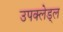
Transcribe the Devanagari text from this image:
उपक्लेड्ल